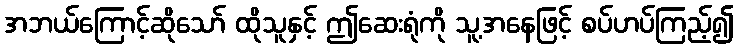
အဘယ်ကြောင့်ဆိုသော် ထိုသူနှင့် ဤဆေးရုံကို သူ့အနေဖြင့် စပ်ဟပ်ကြည့်၍